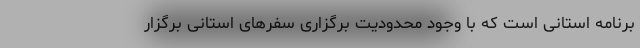
برنامه استانی است که با وجود محدودیت برگزاری سفرهای استانی برگزار